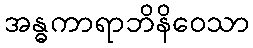
အန္ဓကာရာဘိနိဝေသာ